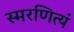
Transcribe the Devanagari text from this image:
स्मरणित्यं